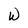
Character: W